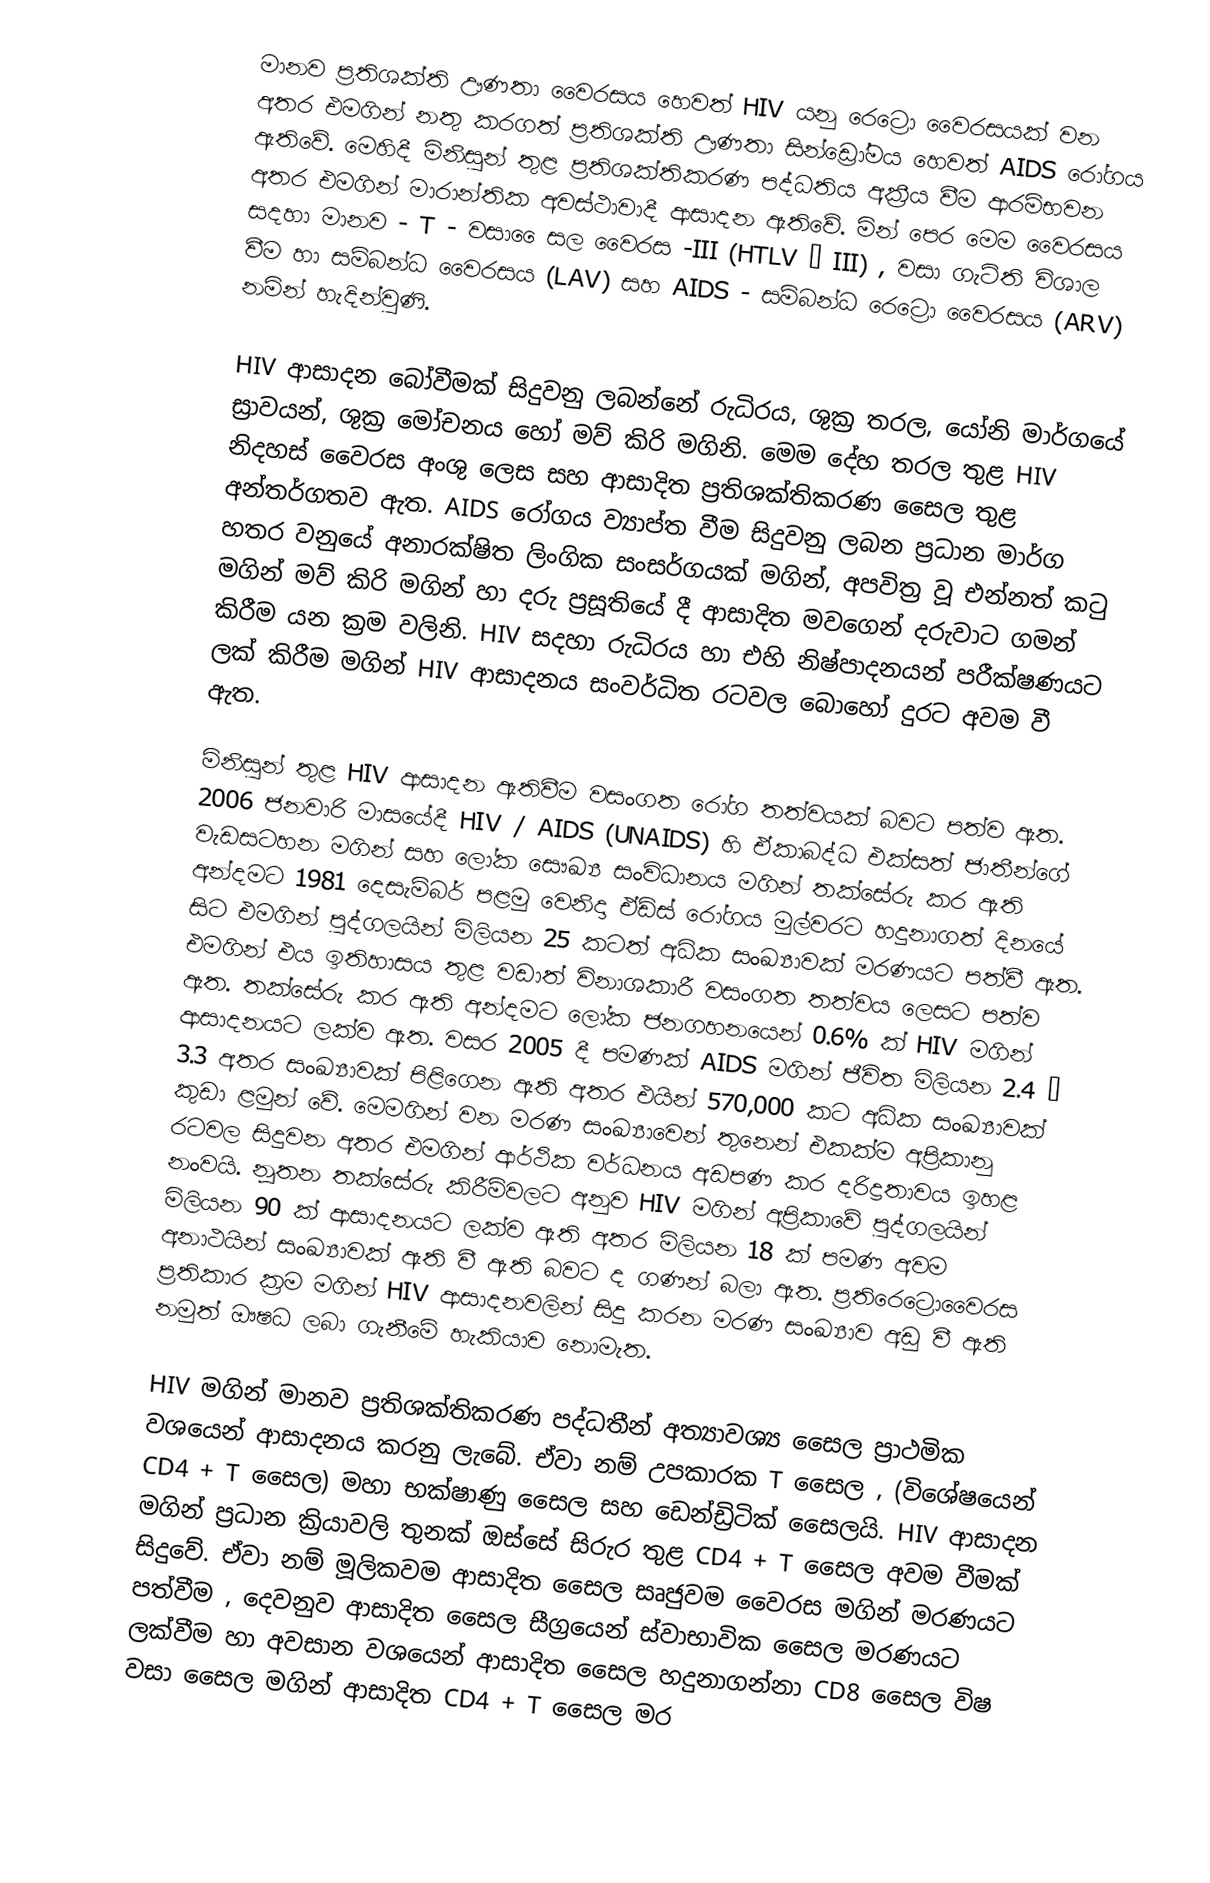
මානව ප්‍රතිශක්ති ඌණතා වෛරසය හෙවත් HIV යනු රෙට්‍රො වෛරසයක් වන අතර එමගින් නතු කරගත් ප්‍රතිශක්ති ඌණතා සින්ඩ්‍රෝමය හෙවත් AIDS රෝගය ඇතිවේ. මෙහිදී මිනිසුන් තුළ ප්‍රතිශක්තිකරණ පද්ධතිය අක්‍රීය වීම ආරම්භවන අතර එමගින් මාරාන්තික අවස්ථාවාදී ආසාදන ඇතිවේ. මින් පෙර මෙම වෛරසය සදහා මානව - T - වසා ‍ෛ‍සල වෛරස -III  (HTLV – III)  , වසා ගැටිති විශාල වීම හා සම්බන්ධ වෛරසය (LAV) සහ AIDS - සම්බන්ධ රෙට්‍රො වෛරසය (ARV) නමින් හැදින්වුණි.

HIV ආසාදන බෝවීමක් සිදුවනු ලබන්නේ රුධිරය, ශුක්‍ර තරල, යෝනි මාර්ගයේ ස්‍රාවයන්, ශුක්‍ර මෝචනය හෝ මව් කිරි මගිනි. මෙම දේහ තරල තුළ HIV නිදහස් වෛරස අංශු ලෙස සහ ආසාදිත ප්‍රතිශක්තිකරණ සෛල තුළ අන්තර්ගතව ඇත. AIDS රෝගය ව්‍යාප්ත වීම සිදුවනු ලබන ප්‍රධාන මාර්ග හතර වනුයේ අනාරක්ෂිත ලිංගික සංසර්ගයක් මගින්, අපවිත්‍ර වූ එන්නත් කටු මගින් මව් කිරි මගින් හා දරු ප්‍රසූතියේ දී ආසාදිත මවගෙන් දරුවාට ගමන් කිරීම යන ක්‍රම වලිනි. HIV සදහා රුධිරය හා එහි නිෂ්පාදනයන් පරීක්ෂණයට ලක් කිරීම මගින් HIV ආසාදනය සංවර්ධිත රටවල බොහෝ දුරට අවම වී ඇත.

මිනිසුන් තුළ HIV ආසාදන ඇතිවීම වසංගත රෝග තත්වයක් බවට පත්ව ඇත. 2006 ජනවාරි මාසයේදී HIV / AIDS (UNAIDS) හි ඒකාබද්ධ එක්සත් ජාතීන්ගේ වැඩසටහන මගින් සහ ලෝක සෞඛ්‍ය සංවිධානය මගින් තක්සේරු කර ඇති අන්දමට 1981 දෙසැම්බර් පළමු වෙනිදා ඒඩ්ස් රෝගය මුල්වරට හදුනාගත් දිනයේ සිට එමගින් පුද්ගලයින් මිලියන 25 කටත් අධික සංඛ්‍යාවක් මරණයට පත්වී ඇත. එමගින් එය ඉතිහාසය තුළ වඩාත් විනාශකාරී වසංගත තත්වය  ලෙසට පත්ව ඇත. තක්සේරු කර ඇති අන්දමට ලෝක ජනගහනයෙන් 0.6% ක් HIV මගින් ආසාදනයට ලක්ව ඇත. වසර 2005 දී පමණක් AIDS මගින් ජීවිත මිලියන 2.4 – 3.3 අතර සංඛ්‍යාවක් පිළිගෙන ඇති අතර එයින් 570,000 කට අධික සංඛ්‍යාවක් කුඩා ළමුන් වේ. මෙමගින් වන මරණ සංඛ්‍යාවෙන් තුනෙන් එකක්ම අප්‍රිකානු රටවල සිදුවන අතර එමගින් ආර්ථික වර්ධනය අඩපණ කර දරිද්‍රතාවය ඉහළ නංවයි. නූතන තක්සේරු කිරීම්වලට අනුව HIV මගින් අප්‍රිකාවේ පුද්ගලයින් මිලියන 90 ක් ආසාදනයට ලක්ව ඇති අතර මිලියන 18 ක් පමණ අවම අනාථයින් සංඛ්‍යාවක් ඇති වී ඇති බවට ද ගණන් බලා ඇත. ප්‍රතිරෙට්‍රො‍වෛරස ප්‍රතිකාර ක්‍රම මගින් HIV ආසාදනවලින් සිදු කරන මරණ සංඛ්‍යාව අඩු වී ඇති නමුත් ‍ඖෂධ ලබා ගැනීමේ හැකියාව නොමැත.

HIV මගින් මානව ප්‍රතිශක්තිකරණ පද්ධතීන් අත්‍යාවශ්‍ය සෛල ප්‍රාථමික වශයෙන් ආසාදනය කරනු ලැබේ. ඒවා නම් උපකාරක T සෛල , (විශේෂයෙන් CD4 + T සෛල) මහා භක්ෂාණු සෛල සහ ඩෙන්ඩ්‍රිටික් සෛලයි. HIV ආසාදන මගින් ප්‍රධාන ක්‍රියාවලි තුනක් ඔස්සේ සිරුර තුළ CD4 +  T  සෛල අවම වීමක් සිදුවේ. ඒවා නම් මූලිකවම ආසාදිත සෛල සෘජුවම  වෛරස මගින් මරණයට පත්වීම , දෙවනුව ආසාදිත සෛල සීග්‍රයෙන් ස්වාභාවික සෛල මරණයට ලක්වීම හා අවසාන වශයෙන් ආසාදිත සෛල හදුනාගන්නා CD8 සෛල විෂ වසා සෛල මගින් ආසාදිත CD4 +  T  සෛල  මර